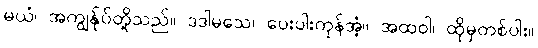
မယံ၊ အကျွန်ုပ်တို့သည်။ ဒဒါမသေ၊ ပေးပါးကုန်အံ့။ အထဝါ၊ ထိုမှတစ်ပါး။